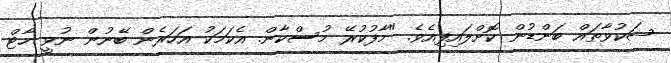
ޝަކުވާތައް ބަންޑުން ކޮށްލައިފިއެވެ. "މާފުކުރޭ މުސްކާން. އެކަމަކު އަހަރެން ބޭނުން ނުވީ ހާޓް